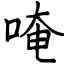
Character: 唵